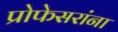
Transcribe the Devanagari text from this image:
प्रोफेसरांना